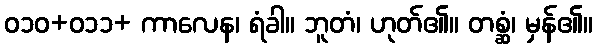
ဝ၁၀+၀၁၁+ ကာလေန၊ ရံခါ။ ဘူတံ၊ ဟုတ်၏။ တစ္ဆံ၊ မှန်၏။